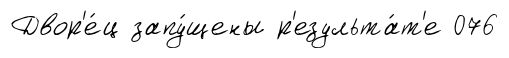
Двор'е́ц запу́щены р'езульта́т'е 076